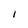
Character: l